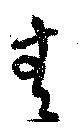
無